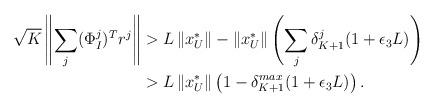
LaTeX: \begin{align*}\begin{aligned}\displaystyle \sqrt{K} \left\| \sum_j (\Phi^j_I)^Tr^j\right\| &> L\left\| x^*_U\right\| - \left\| x^*_U \right\| \left( \sum_j\delta^j_{K+1}(1+\epsilon_{3}L) \right) \\ & > L\left\| x^*_U\right\| \left( 1 - \delta^{max}_{K+1}(1+\epsilon_{3}L) \right).\end{aligned}\end{align*}